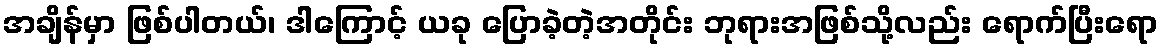
အချိန်မှာ ဖြစ်ပါတယ်၊ ဒါကြောင့် ယခု ပြောခဲ့တဲ့အတိုင်း ဘုရားအဖြစ်သို့လည်း ရောက်ပြီးရော